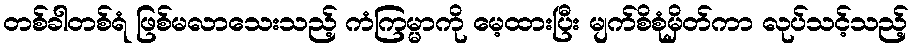
တစ်ခါတစ်ရံ ဖြစ်မလာသေးသည့် ကံကြမ္မာကို မေ့ထားပြီး မျက်စိစုံမှိတ်ကာ လုပ်သင့်သည့်